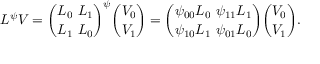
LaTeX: L ^ { \psi } V = { \binom { L _ { 0 } \ L _ { 1 } } { L _ { 1 } \ L _ { 0 } } } ^ { \psi } { \binom { V _ { 0 } } { V _ { 1 } } } = { \binom { \psi _ { 0 0 } L _ { 0 } \ \psi _ { 1 1 } L _ { 1 } } { \psi _ { 1 0 } L _ { 1 } \ \psi _ { 0 1 } L _ { 0 } } } { \binom { V _ { 0 } } { V _ { 1 } } } .